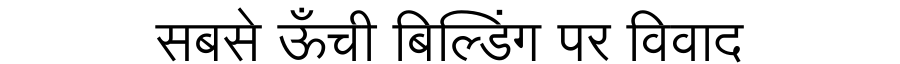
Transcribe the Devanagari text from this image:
सबसे ऊँची बिल्डिंग पर विवाद